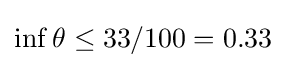
\inf \theta \leq 33/100=0.33